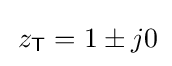
\,z_{\mathsf {T}}=1\pm j0